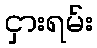
ငှားရမ်း